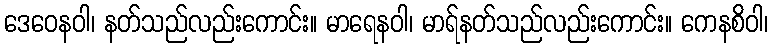
ဒေဝေနဝါ၊ နတ်သည်လည်းကောင်း။ မာရေနဝါ၊ မာရ်နတ်သည်လည်းကောင်း။ ကေနစိဝါ၊